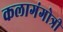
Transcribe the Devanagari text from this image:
कलागंगोत्री